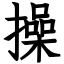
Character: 操